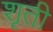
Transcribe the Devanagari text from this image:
शृती